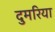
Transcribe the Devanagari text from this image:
दुमरिया